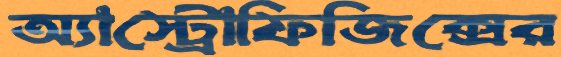
অ্যাস্ট্রোফিজিক্সের